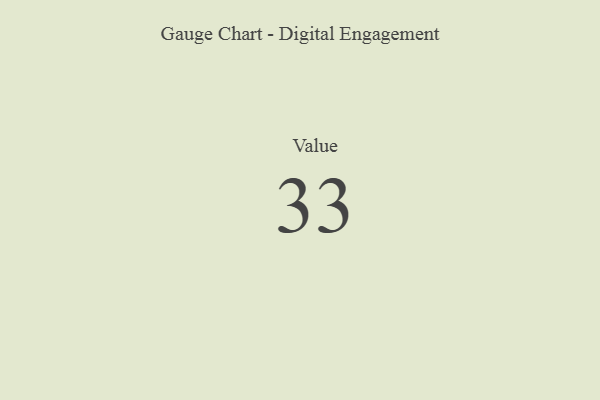
{"axis": {"x": "Metric", "y": "Value"}, "legend": [""], "data": [{"x": "Value", "y": 33, "type": ""}]}